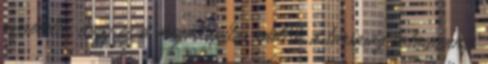
észrevette, hogy ez a megállapítás ráillik a társaság valamennyi